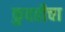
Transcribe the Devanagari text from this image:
कुवतीचा